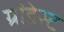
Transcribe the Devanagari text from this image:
ग्रांडेस्ट